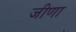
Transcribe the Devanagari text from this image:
जीणा